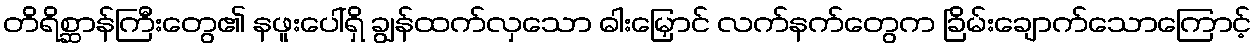
တိရိစ္ဆာန်ကြီးတွေ၏ နဖူးပေါ်ရှိ ချွန်ထက်လှသော ဓါးမြှောင် လက်နက်တွေက ခြိမ်းချောက်သောကြောင့်